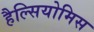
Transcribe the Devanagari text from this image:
हैल्सियोमिस